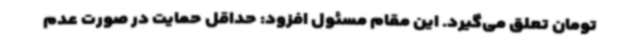
تومان تعلق می‌گیرد. این مقام مسئول افزود: حداقل حمایت در صورت عدم